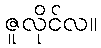
ဇူလိုင်လ။